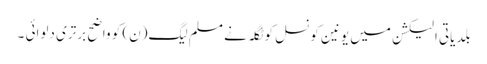
بلدیاتی الیکشن میں یونین کونسل کوٹگلہ نے مسلم لیگ(ن) کو واضح برتری دلوائی ۔